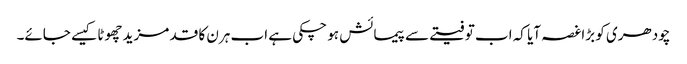
چودھری کو بڑاغصہ آیا کہ اب تو فیتے سے پیمائش ہو چکی ہے اب ہرن کا قد مزید چھوٹا کیسے جائے۔